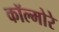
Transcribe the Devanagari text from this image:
कॉल्मोरे